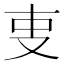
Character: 叓